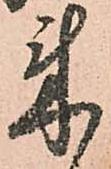
来